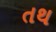
તથ